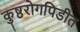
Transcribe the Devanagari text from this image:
कुष्ठरोगपिडीत